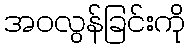
အဝလွန်ခြင်းကို